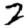
Digit: 2